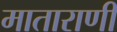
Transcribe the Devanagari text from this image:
माताराणी